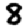
Digit: 8